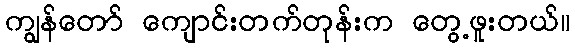
ကျွန်တော် ကျောင်းတက်တုန်းက တွေ့ဖူးတယ်။